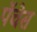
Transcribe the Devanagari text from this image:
पॅचेस